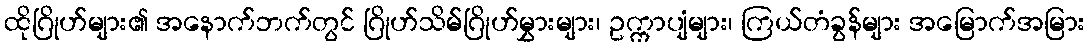
ထိုဂြိုဟ်များ၏ အနောက်ဘက်တွင် ဂြိုဟ်သိမ်ဂြိုဟ်မွှားများ၊ ဥက္ကာပျံများ၊ ကြယ်တံခွန်များ အမြောက်အမြား